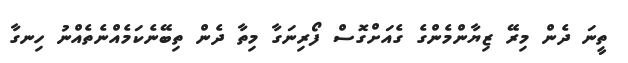
ތީނަ ދެން މިރޭ ޒިޔާންމެންގެ ގެއަށްގޮސް ފޯރިނަގާ މިތާ ދެން ތިބޭނެކަމެއްނެތެއްނު ހިނގާ